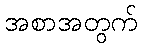
အစာအတွက်